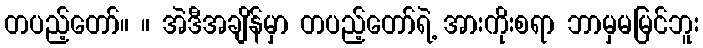
တပည့်တော်။ ။ အဲဒီအချိန်မှာ တပည့်တော်ရဲ့ အားကိုးစရာ ဘာမှမမြင်ဘူး